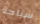
سباحة